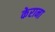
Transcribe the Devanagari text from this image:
केराना